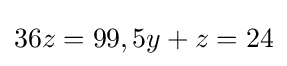
36z=99,5y+z=24